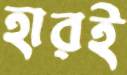
হারই